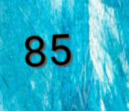
85